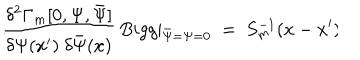
{ \displaystyle { \frac { \delta ^ { 2 } \Gamma _ { m } [ 0 , \Psi , \bar { \Psi } ] } { \delta \Psi ( x ^ { \prime } ) \ \delta \bar { \Psi } ( x ) } } } \, B i g g \vert _ { \bar { \Psi } = \Psi = 0 } \ = \ S _ { m } ^ { - 1 } ( x - x ^ { \prime } ) \hspace { 0 . 3 c m } . \hspace { 0 . 3 c m }